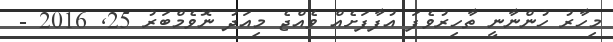
މިހާރު ހުންނާނީ ތާހިރުވެފަ އުފާފަށެއް ވެއްޖެ މިއަދު ނޮވެމްބަރު 25